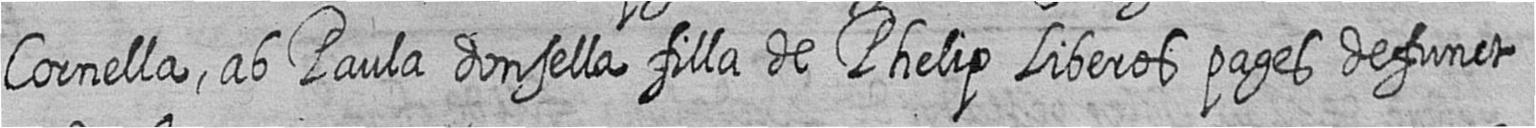
Cornella ab Paula donsella filla de Phelip Liberos pages defunct